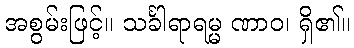
အစွမ်းဖြင့်။ သင်္ခါရာရမ္မ ဏာဝ၊ ရှိ၏။